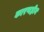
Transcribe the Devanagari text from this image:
कारणहीन